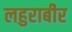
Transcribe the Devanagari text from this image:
लहुराबीर